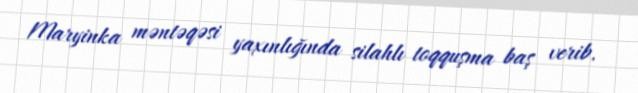
Maryinka məntəqəsi yaxınlığında silahlı toqquşma baş verib.